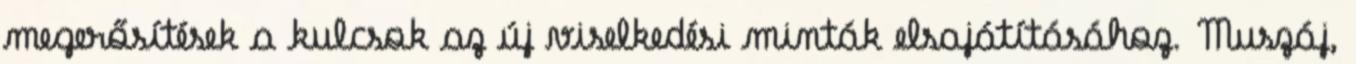
megerősítések a kulcsok az új viselkedési minták elsajátításához. Muszáj,